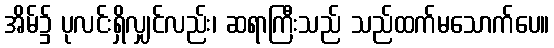
အိမ်၌ ပုလင်းရှိလျှင်လည်း၊ ဆရာကြီးသည် သည်ထက်မသောက်ပေ။